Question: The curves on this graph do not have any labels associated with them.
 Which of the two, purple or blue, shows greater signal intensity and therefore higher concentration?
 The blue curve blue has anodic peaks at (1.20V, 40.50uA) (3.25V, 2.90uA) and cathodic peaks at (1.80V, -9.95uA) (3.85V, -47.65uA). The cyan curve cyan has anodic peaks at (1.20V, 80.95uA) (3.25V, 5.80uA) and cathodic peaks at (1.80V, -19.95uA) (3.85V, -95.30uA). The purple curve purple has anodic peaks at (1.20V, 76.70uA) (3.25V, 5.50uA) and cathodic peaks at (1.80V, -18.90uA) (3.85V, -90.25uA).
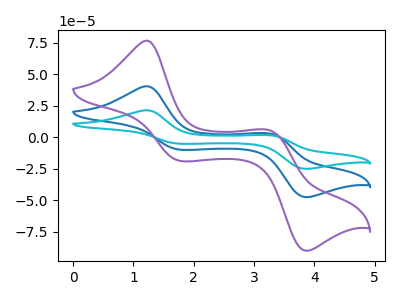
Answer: <think>All the peaks in "purple" have a peak in "blue" at the same potential. Every peak in "purple" is higher than every peak in "blue".
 </think>
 <answer>"purple" has more signal than "blue" and so likely has a higher concentration.</answer>
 <eval>more_concentration</eval>